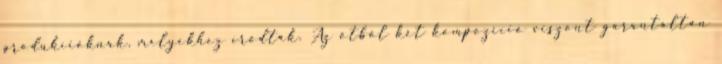
produkcióknak, melyekhez íródtak. Az ötből két kompozíció viszont garantáltan